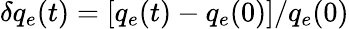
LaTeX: \delta q_{e}(t)=\left[q_{e}(t)-q_{e}(0)\right]/q_{e}(0)